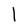
Character: l